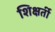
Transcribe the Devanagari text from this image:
शिक्षर्ती